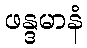
ဖန္ဒမာနံ